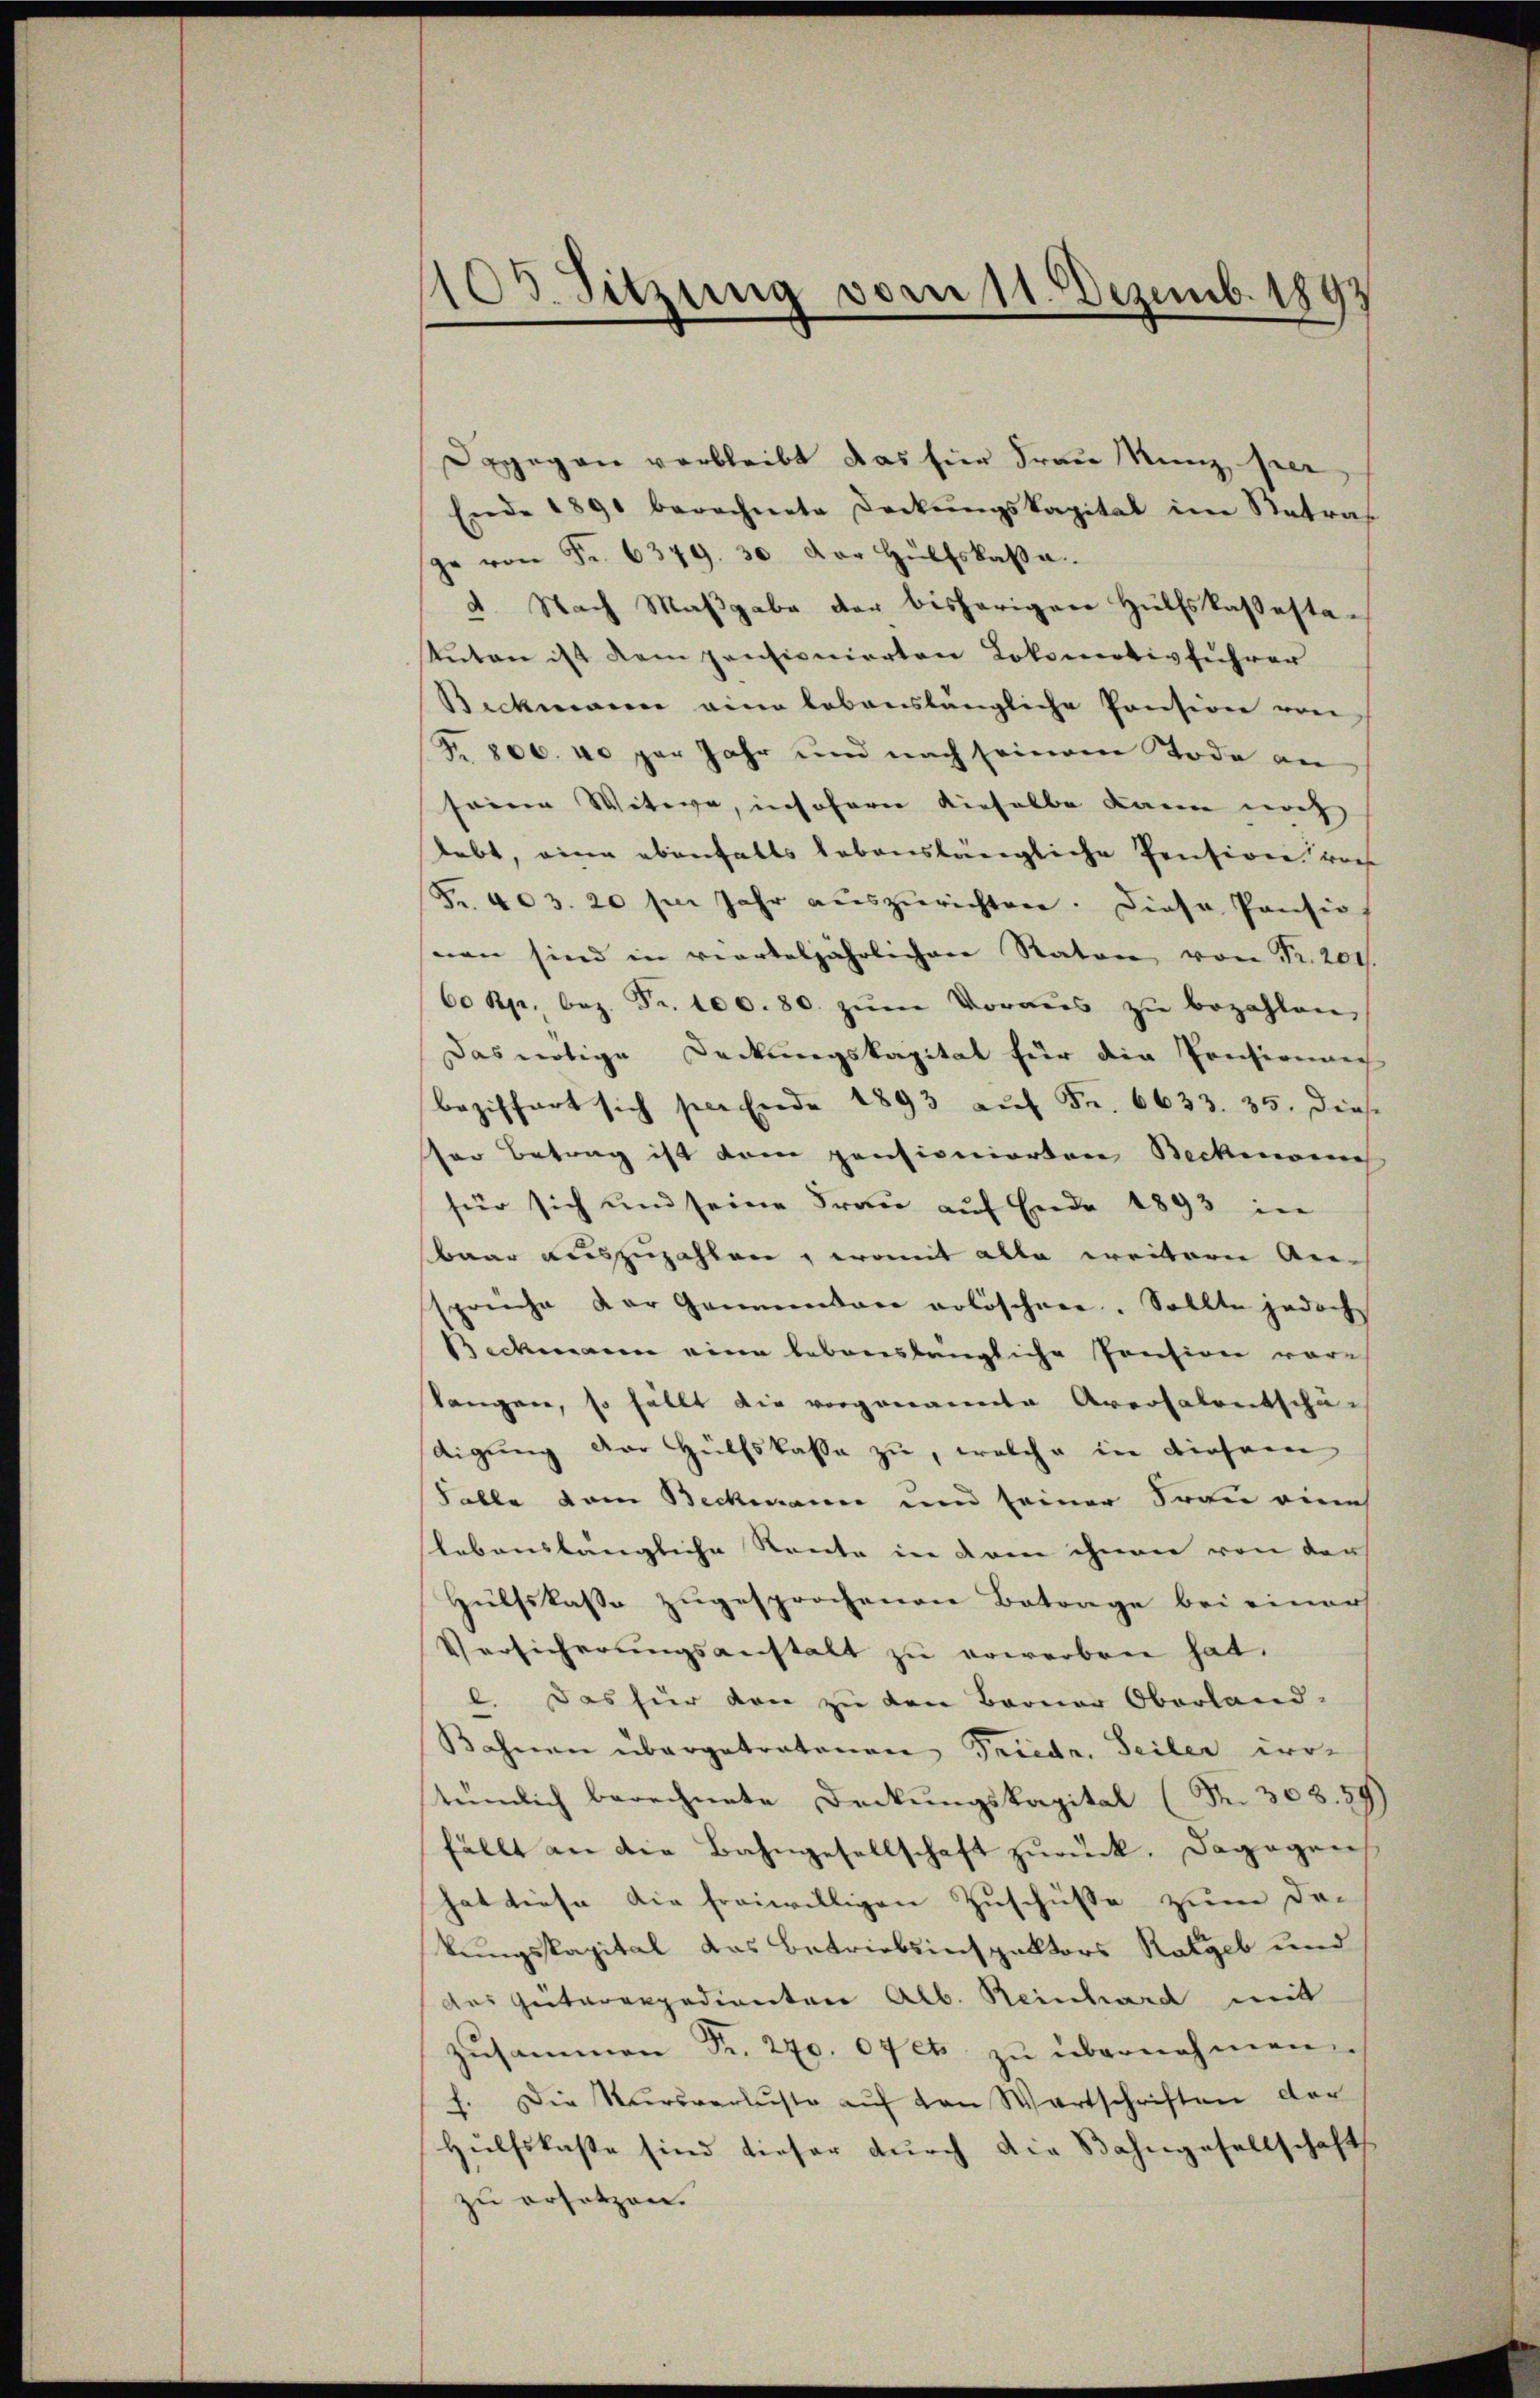
100. Sitzung vom 11. Dezemb. 1893

Dagegen verbleibt das hier Frau Manz sei,
Ende 1891 berechnete Deckŭngskapital im Retraf
ge von Fr. 6379. 30. Der Hülfskassa
4. Nach Maßgabe der bisherigen Hülfskassesta-
Anton ist dem pensionierten Lokomotivführer
Bechmanne eine lebenslängliche Pension von
Fr. 806. u. per Jahr und nach seinem Tode an
seine Witwe, insofern dieselbe kann noch
lebt, eine ebenfalls bebauslängliche Pension vors
Fr. 403. 20 sm Jahr auszurichten. Diese Pensio
nen sind in vierteljährlichen Ratore von Fr. 201
60 Rp. bez. Fr. 100. 80. zŭm Voraŭs zŭ bezahlen,
Das nötige Deckungskapital für die Poesionnec
beziffert sich sei Ende 1893 auf Fr. 6633. 35. Dies
ser Betrag ist dem pensionierten Beckmonie
für sich und seine Frau auf Ende 1893 in
baar auszuzahlen, womit alle weitere Anspreche der Gaumentar erlöschern. Sollte jedoch
Beckmann eine lebenslängliche Pension vor-
langen, so fällt die vorgenannte Aversalentschä-
digung der Hülfskasse zu, welche in diesen
Falle dem Beckmann und seiner Frau eine
lebenslängliche Rente in drei ihnen von der
Hülfskasse zugesprochenen Betrage bei einer
Versicherungsanstalt zu erworben hat.
2. Das für den zu den Berner Oberland-
.
Bahnen übergetratonen Friedr. Seiler irre
tümlich berechnete Deckungskapital (Nr. 308. 59)
fällt an die Bahngesellschaft zŭrück. Dagegen
hat diese die freiwilligen Zuschüsse zum De-
kungsspapital das Betriebsinspektors Ratgeb und
des Getarexpedienten Alb. Reinhard mit
Zŭsammen Fr. 270. 07 et zŭ übernehmen.
f. Die Kursverluste auf von Wartschriften der
Hülfskaste sind tiefer durch die Bahngesellschaft
zu ersetzen.